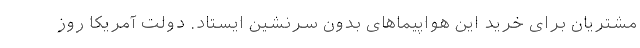
مشتریان برای خرید این هواپیماهای بدون سرنشین ایستاد. دولت آمریکا روز